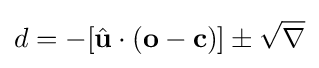
d=-[{\hat {\mathbf {u} }}\cdot (\mathbf {o} -\mathbf {c} )]\pm {\sqrt {\nabla }}